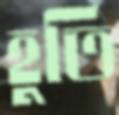
হুতি